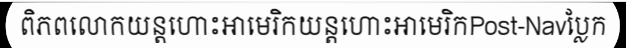
ពិភពលោកយន្តហោះអាមេរិកយន្តហោះអាមេរិកPost-Navប្លែក